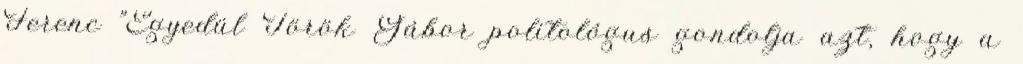
Ferenc "Egyedül Török Gábor politológus gondolja azt, hogy a